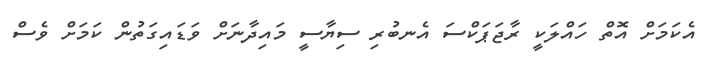
އެކަމަށް އޮތް ހައްލަކީ ރާޖަޕަކްސަ އެނބުރި ސިޔާސީ މައިދާނަށް ވަޑައިގަތުން ކަމަށް ވެސް